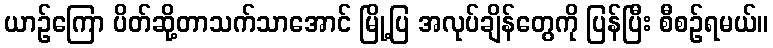
ယာဉ်ကြော ပိတ်ဆို့တာသက်သာအောင် မြို့ပြ အလုပ်ချိန်တွေကို ပြန်ပြီး စီစဉ်ရမယ်။